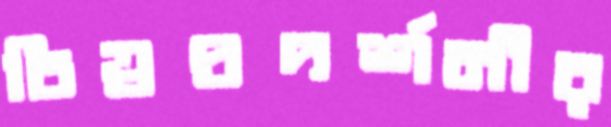
চিত্রপ্রদর্শনীর